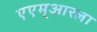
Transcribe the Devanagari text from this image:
एएम्‌आरला